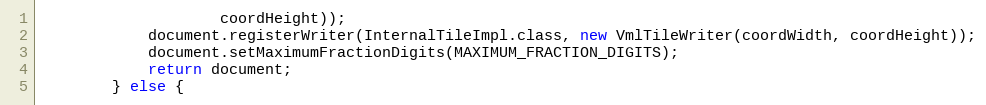
Language: Java
					coordHeight));
			document.registerWriter(InternalTileImpl.class, new VmlTileWriter(coordWidth, coordHeight));
			document.setMaximumFractionDigits(MAXIMUM_FRACTION_DIGITS);
			return document;
		} else {